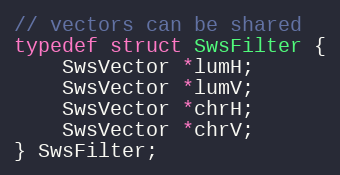
Language: C
// vectors can be shared
typedef struct SwsFilter {
    SwsVector *lumH;
    SwsVector *lumV;
    SwsVector *chrH;
    SwsVector *chrV;
} SwsFilter;